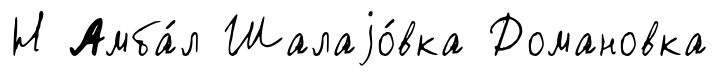
Н Амба́л Шалаjо́вка Домановка